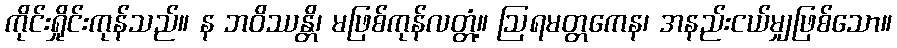
ကိုင်းရှိုင်းကုန်သည်။ န ဘဝိဿန္တိ၊ မဖြစ်ကုန်လတ္တံ့။ ဩရမတ္တကေန၊ အနည်းငယ်မျှဖြစ်သော။